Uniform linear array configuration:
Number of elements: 64
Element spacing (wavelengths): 0.25
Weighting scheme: kaiser
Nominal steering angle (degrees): -60
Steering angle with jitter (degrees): -61.745
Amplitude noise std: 0.05
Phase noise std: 0.05

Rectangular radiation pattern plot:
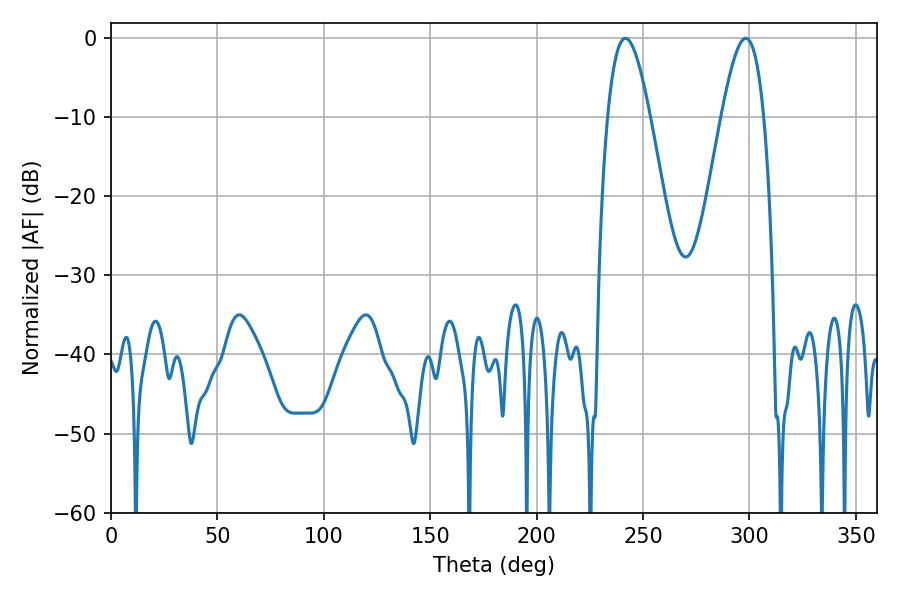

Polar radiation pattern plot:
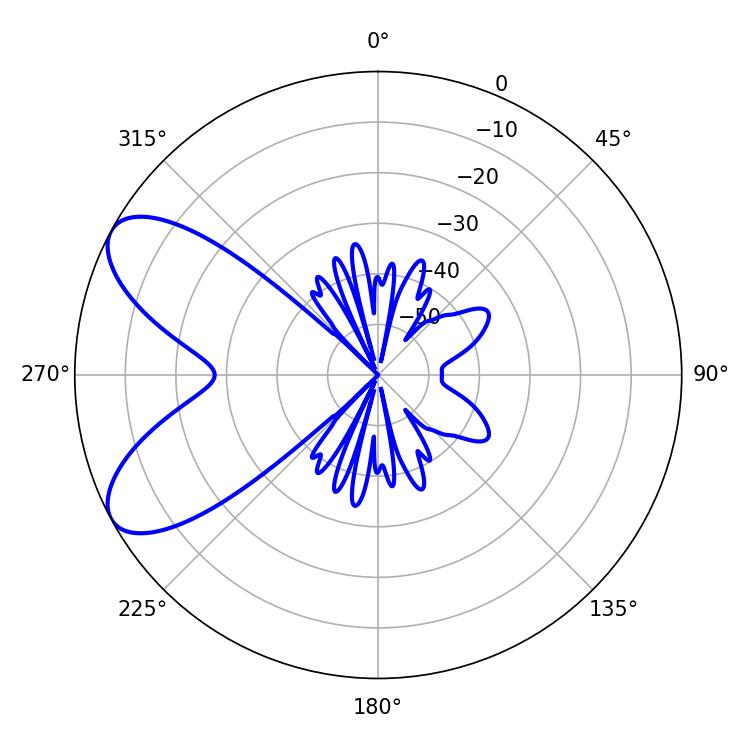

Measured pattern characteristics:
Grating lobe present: FALSE
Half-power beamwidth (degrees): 10.8
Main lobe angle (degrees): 241.74